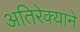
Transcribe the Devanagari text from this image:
अतिरेक्याने